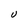
Character: U